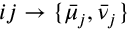
i j \rightarrow \{ \bar { \mu } _ { j } , \bar { \nu } _ { j } \}